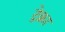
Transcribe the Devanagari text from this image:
ट्रेक्ना